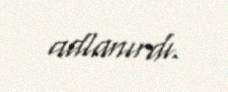
adlanırdı.